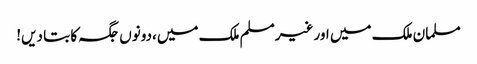
مسلمان ملک میں اور غیرمسلم ملک میں،دونوں جگہ کا بتا دیں!